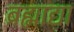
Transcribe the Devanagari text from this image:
ब्रह्माद्या